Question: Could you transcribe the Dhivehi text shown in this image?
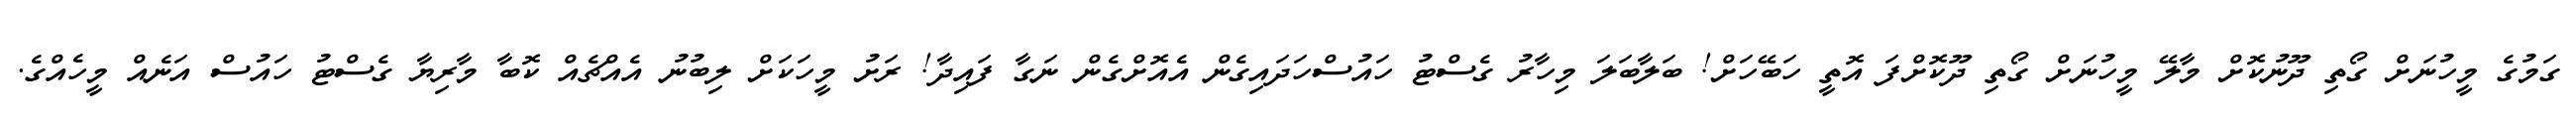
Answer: ގަމުގެ މީހުނަށް ގޯތި ދޫނުކޮށް މާލޭ މީހުނަށް ގޯތި ދޫކޮށްފަ އޮތީ ހަބޭހަށް! ބަލާބަލަ މިހާރު ގެސްޓު ހައުސްހަދައިގެން އެއޮށްގެން ނަގާ ފައިދާ! ރަށު މީހަކަށް ލިބުނު އެއްޗެއް ކޮބާ މާރިޔާ ގެސްޓު ހައުސް އަނެއް މީހެއްގެ.